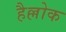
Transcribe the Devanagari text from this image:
हैल्लोक